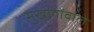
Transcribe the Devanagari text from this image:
मुखांगोंवाले